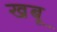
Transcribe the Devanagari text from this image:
खबू